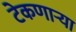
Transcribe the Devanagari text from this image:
टेकणार्‍या